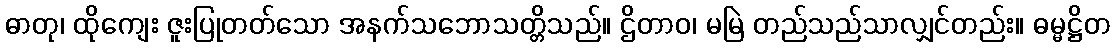
ဓာတု၊ ထိုကျေး ဇူးပြုတတ်သော အနက်သဘောသတ္တိသည်။ ဌိတာဝ၊ မမြဲ တည်သည်သာလျှင်တည်း။ ဓမ္မဋ္ဌိတ